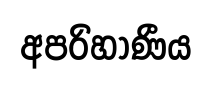
අපරිහාණීය